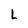
Character: L